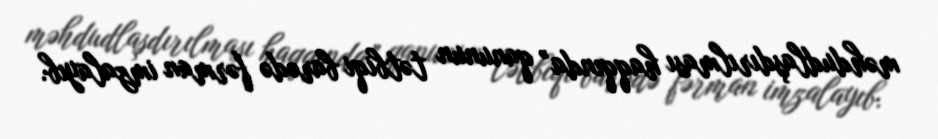
məhdudlaşdırılması haqqında” qanunun tətbiqi barədə fərman imzalayıb.